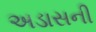
અડાસની